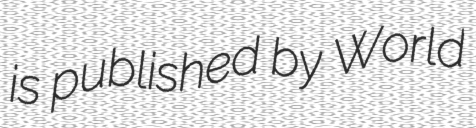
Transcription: is published by World